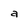
Character: a